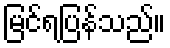
မြင်ရပြန်သည်။